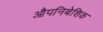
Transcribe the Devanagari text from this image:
औपनिबेशिक